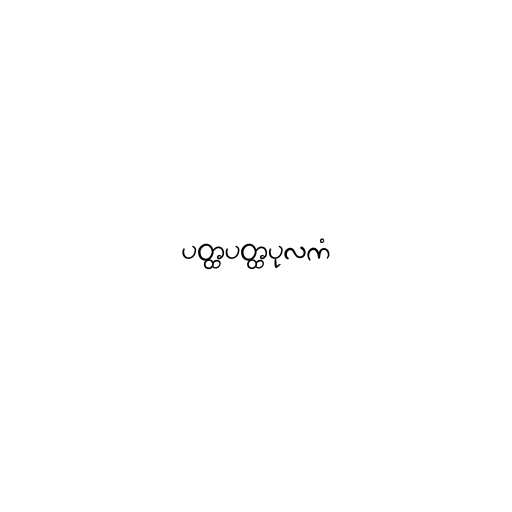
ပတ္ထပတ္ထပုလကံ